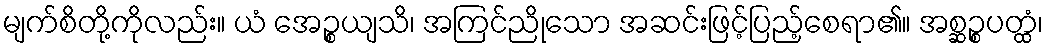
မျက်စိတို့ကိုလည်း။ ယံ အေဉ္စယျသိ၊ အကြင်ညိုသော အဆင်းဖြင့်ပြည့်စေရာ၏။ အစ္ဆဉ္စပတ္ထံ၊